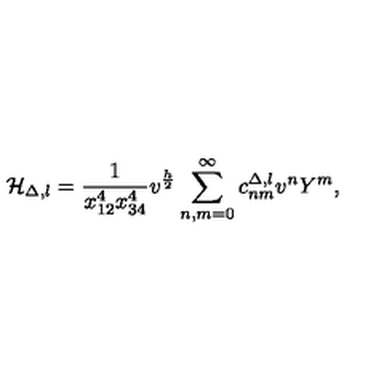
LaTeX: { \cal H } _ { \Delta , l } = \frac { 1 } { x _ { 1 2 } ^ { 4 } x _ { 3 4 } ^ { 4 } } v ^ { \frac { h } { 2 } } \sum _ { n , m = 0 } ^ { \infty } c _ { n m } ^ { \Delta , l } v ^ { n } Y ^ { m } ,